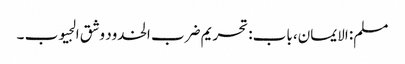
مسلم: الایمان، باب: تحریم ضرب الخدود وشق الجیوب ۔